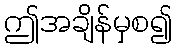
ဤအချိန်မှစ၍